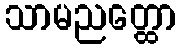
သာမညတ္ထော